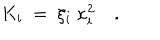
K _ { i } ~ = ~ \xi _ { i } ~ \kappa _ { i } ^ { 2 } \quad .